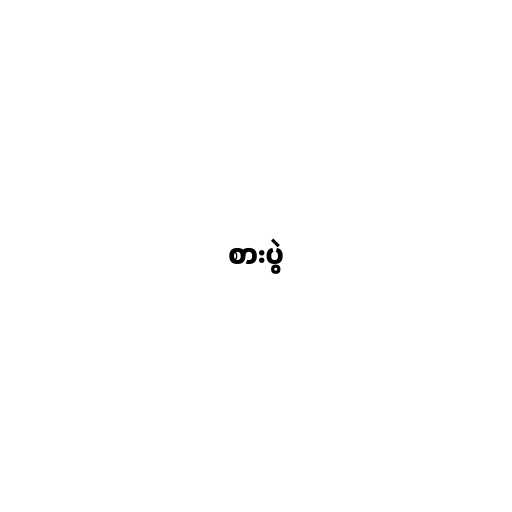
စားပွဲ